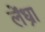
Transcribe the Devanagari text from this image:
लेंध्रा